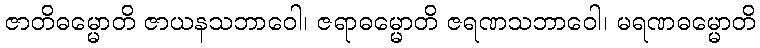
ဇာတိဓမ္မောတိ ဇာယနသဘာဝေါ၊ ဇရာဓမ္မောတိ ဇရဏသဘာဝေါ၊ မရဏဓမ္မောတိ